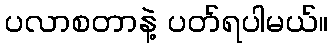
ပလာစတာနဲ့ ပတ်ရပါမယ်။